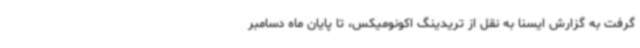
گرفت به گزارش ایسنا به نقل از تریدینگ اکونومیکس، تا پایان ماه دسامبر